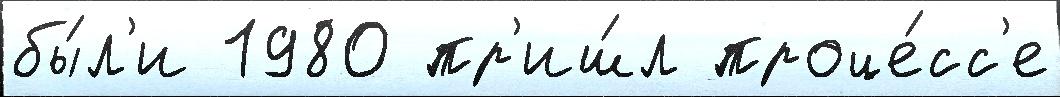
бы́л'и 1980 пр'иш́л проце́сс'е